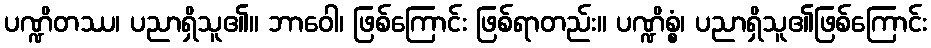
ပဏ္ဍိတဿ၊ ပညာရှိသူ၏။ ဘာဝေါ၊ ဖြစ်ကြောင်း ဖြစ်ရာတည်း။ ပဏ္ဍိစ္စံ၊ ပညာရှိသူ၏ဖြစ်ကြောင်း